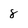
Character: 8